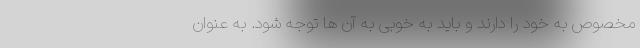
مخصوص به خود را دارند و باید به خوبی به آن ها توجه شود. به عنوان